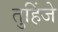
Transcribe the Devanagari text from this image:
तुहिंजे